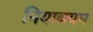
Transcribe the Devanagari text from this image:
नियाबयम